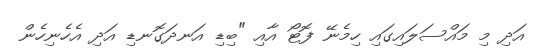
އަދި މި މައްސަލައިގައި ހިމެނޭ ފޮޓޯ އާއި "ބިޑި އަނދަގޮނޑި އަދި އެހެނިހެން